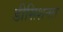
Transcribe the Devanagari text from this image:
डीसिशनल